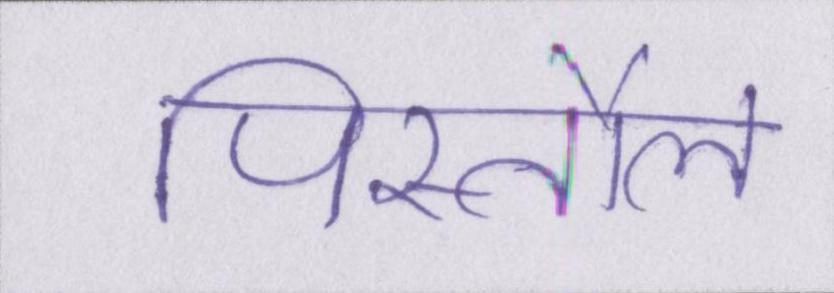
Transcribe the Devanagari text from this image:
पिस्तौल